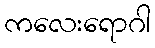
ကလေးရောဂါ